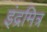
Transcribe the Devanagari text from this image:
इंद्रमित्र